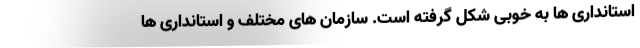
استانداری ها به خوبی شکل گرفته است. سازمان های مختلف و استانداری ها